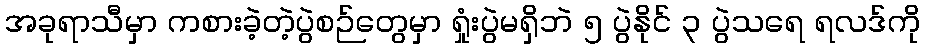
အခုရာသီမှာ ကစားခဲ့တဲ့ပွဲစဉ်တွေမှာ ရှုံးပွဲမရှိဘဲ ၅ ပွဲနိုင် ၃ ပွဲသရေ ရလဒ်ကို